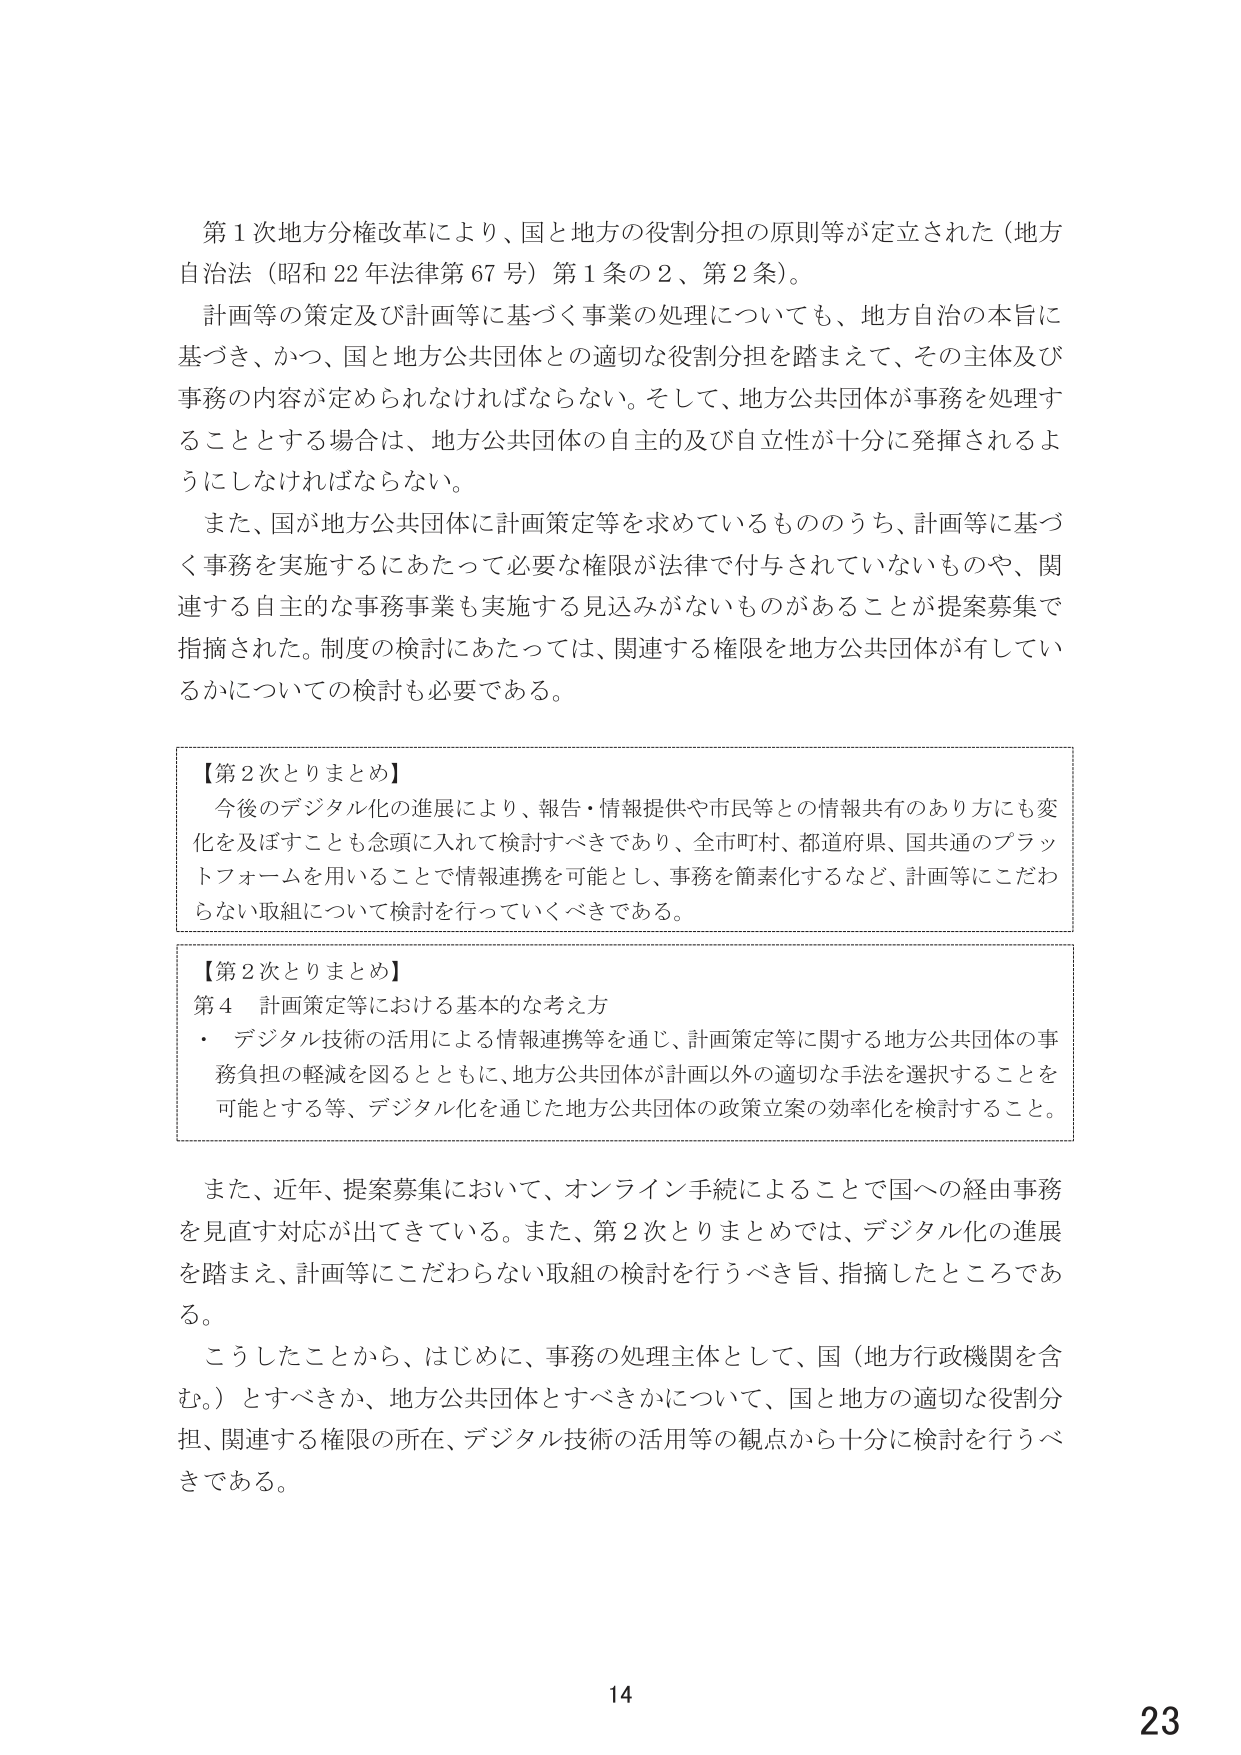
第1次地方分権改革により、国と地方の役割分担の原則等が定立された（地方自治法（昭和22年法律第67号）第1条の2、第2条）。

計画等の策定及び計画等に基づく事業の処理についても、地方自治の本旨に基づき、かつ、国と地方公共団体との適切な役割分担を踏まえて、その主体及び事務の内容が定められなければならない。そして、地方公共団体が事務を処理することとする場合は、地方公共団体の自主的及び自立性が十分に発揮されるようにしなければならない。

また、国が地方公共団体に計画策定等を求めているもののうち、計画等に基づく事務を実施するにあたって必要な権限が法律で付与されていないものや、関連する自主的な事務事業も実施する見込みがないものがあることが提案募集で指摘された。制度の検討にあたっては、関連する権限を地方公共団体が有しているかについての検討も必要である。

【第2次とりまとめ】
今後のデジタル化の進展により、報告・情報提供や市民等との情報共有のあり方にも変化を及ぼすことも念頭に入れて検討すべきであり、全市町村、都道府県、国共通のプラットフォームを用いることで情報連携を可能とし、事務を簡素化するなど、計画等にこだわらない取組について検討を行っていくべきである。

【第2次とりまとめ】
第4 計画策定等における基本的な考え方
・ デジタル技術の活用による情報連携等を通じ、計画策定等に関する地方公共団体の事務負担の軽減を図るとともに、地方公共団体が計画以外の適切な手法を選択することを可能とする等、デジタル化を通じた地方公共団体の政策立案の効率化を検討すること。

また、近年、提案募集において、オンライン手続によることで国への経由事務を見直す対応が出てきている。また、第2次とりまとめでは、デジタル化の進展を踏まえ、計画等にこだわらない取組の検討を行うべき旨、指摘したところである。

こうしたことから、はじめに、事務の処理主体として、国（地方行政機関を含む。）とすべきか、地方公共団体とすべきかについて、国と地方の適切な役割分担、関連する権限の所在、デジタル技術の活用等の観点から十分に検討を行うべきである。

14
23